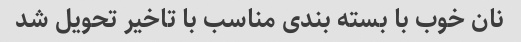
نان خوب با بسته بندی مناسب با تاخیر تحویل شد